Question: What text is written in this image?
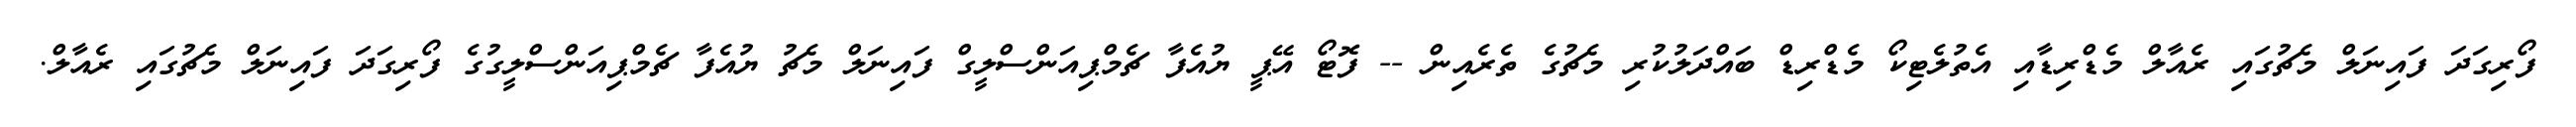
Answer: ފޯރިގަދަ ފައިނަލް މެޗުގައި ރެއާލް މެޑްރިޑާއި އެތުލެޓިކޯ މެޑްރިޑް ބައްދަލުކުރި މެޗުގެ ތެރެއިން -- ފޮޓޯ އޭޕީ ޔުއެފާ ޗެމްޕިއަންސްލީގް ފައިނަލް މެޗު ޔުއެފާ ޗެމްޕިއަންސްލީގުގެ ފޯރިގަދަ ފައިނަލް މެޗުގައި ރެއާލް.